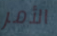
الأمر